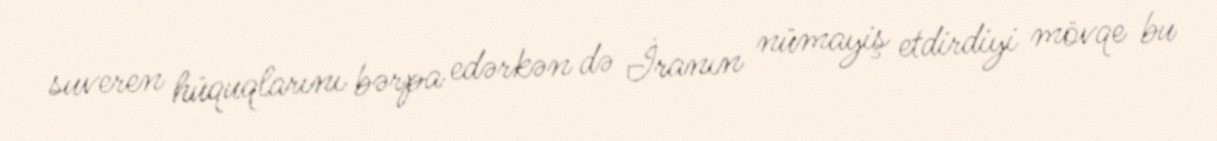
suveren hüquqlarını bərpa edərkən də İranın nümayiş etdirdiyi mövqe bu